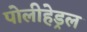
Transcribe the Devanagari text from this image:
पोलीहेड्रल